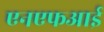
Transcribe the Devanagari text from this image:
एनएफआई